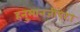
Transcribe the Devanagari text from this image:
हनु्मानजीपेटा